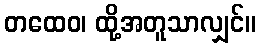
တထေဝ၊ ထို့အတူသာလျှင်။